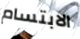
الابتسام